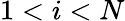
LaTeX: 1<i<N